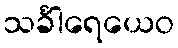
သင်္ခါရေယေဝ